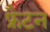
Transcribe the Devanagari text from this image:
फ्रैटन